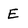
Character: E